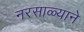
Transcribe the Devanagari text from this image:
नरसाळ्याने